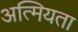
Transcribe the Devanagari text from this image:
अत्मियता